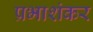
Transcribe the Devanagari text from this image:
प्रभाशंकर